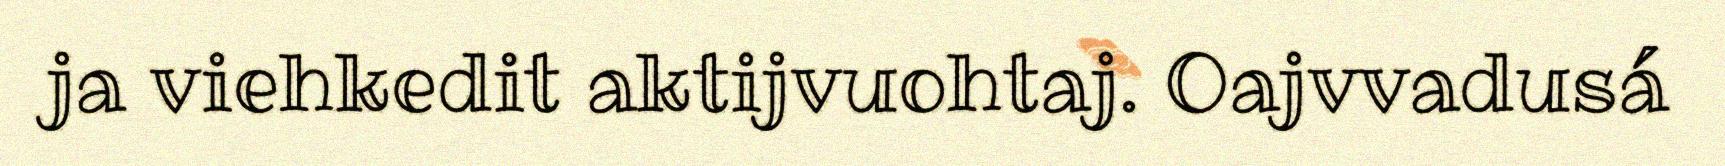
ja viehkedit aktijvuohtaj. Oajvvadusá